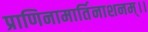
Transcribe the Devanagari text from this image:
प्राणिनामार्तिनाशनम्।।